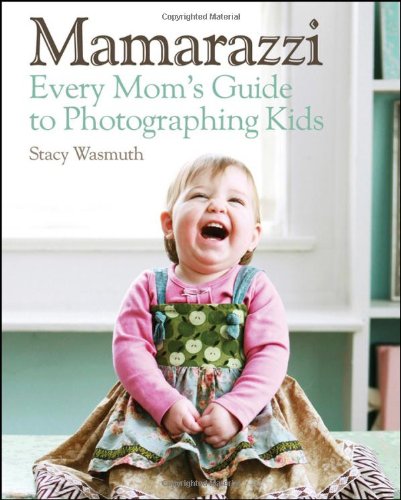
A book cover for Mamarazzi: Every Mom's Guide to Photographing Kids; Stacy Wasmuth; Arts & Photography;